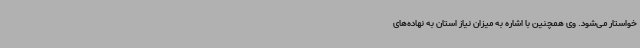
خواستار می‌شود. وی همچنین با اشاره به میزان نیاز استان به نهاده‌های